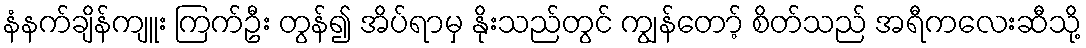
နံနက်ချိန်ကျူး ကြက်ဦး တွန်၍ အိပ်ရာမှ နိုးသည်တွင် ကျွန်တော့် စိတ်သည် အရီကလေးဆီသို့